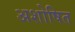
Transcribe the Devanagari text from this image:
अशोषित